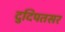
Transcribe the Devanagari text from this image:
दुदिपतसर